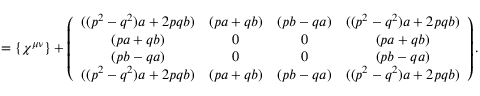
= \{ \chi ^ { \mu \nu } \} + \left( \begin{array} { c c c c } { { ( ( p ^ { 2 } - q ^ { 2 } ) a + 2 p q b ) } } & { { ( p a + q b ) } } & { { ( p b - q a ) } } & { { ( ( p ^ { 2 } - q ^ { 2 } ) a + 2 p q b ) } } \\ { { ( p a + q b ) } } & { { 0 } } & { { 0 } } & { { ( p a + q b ) } } \\ { { ( p b - q a ) } } & { { 0 } } & { { 0 } } & { { ( p b - q a ) } } \\ { { ( ( p ^ { 2 } - q ^ { 2 } ) a + 2 p q b ) } } & { { ( p a + q b ) } } & { { ( p b - q a ) } } & { { ( ( p ^ { 2 } - q ^ { 2 } ) a + 2 p q b ) } } \end{array} \right) .